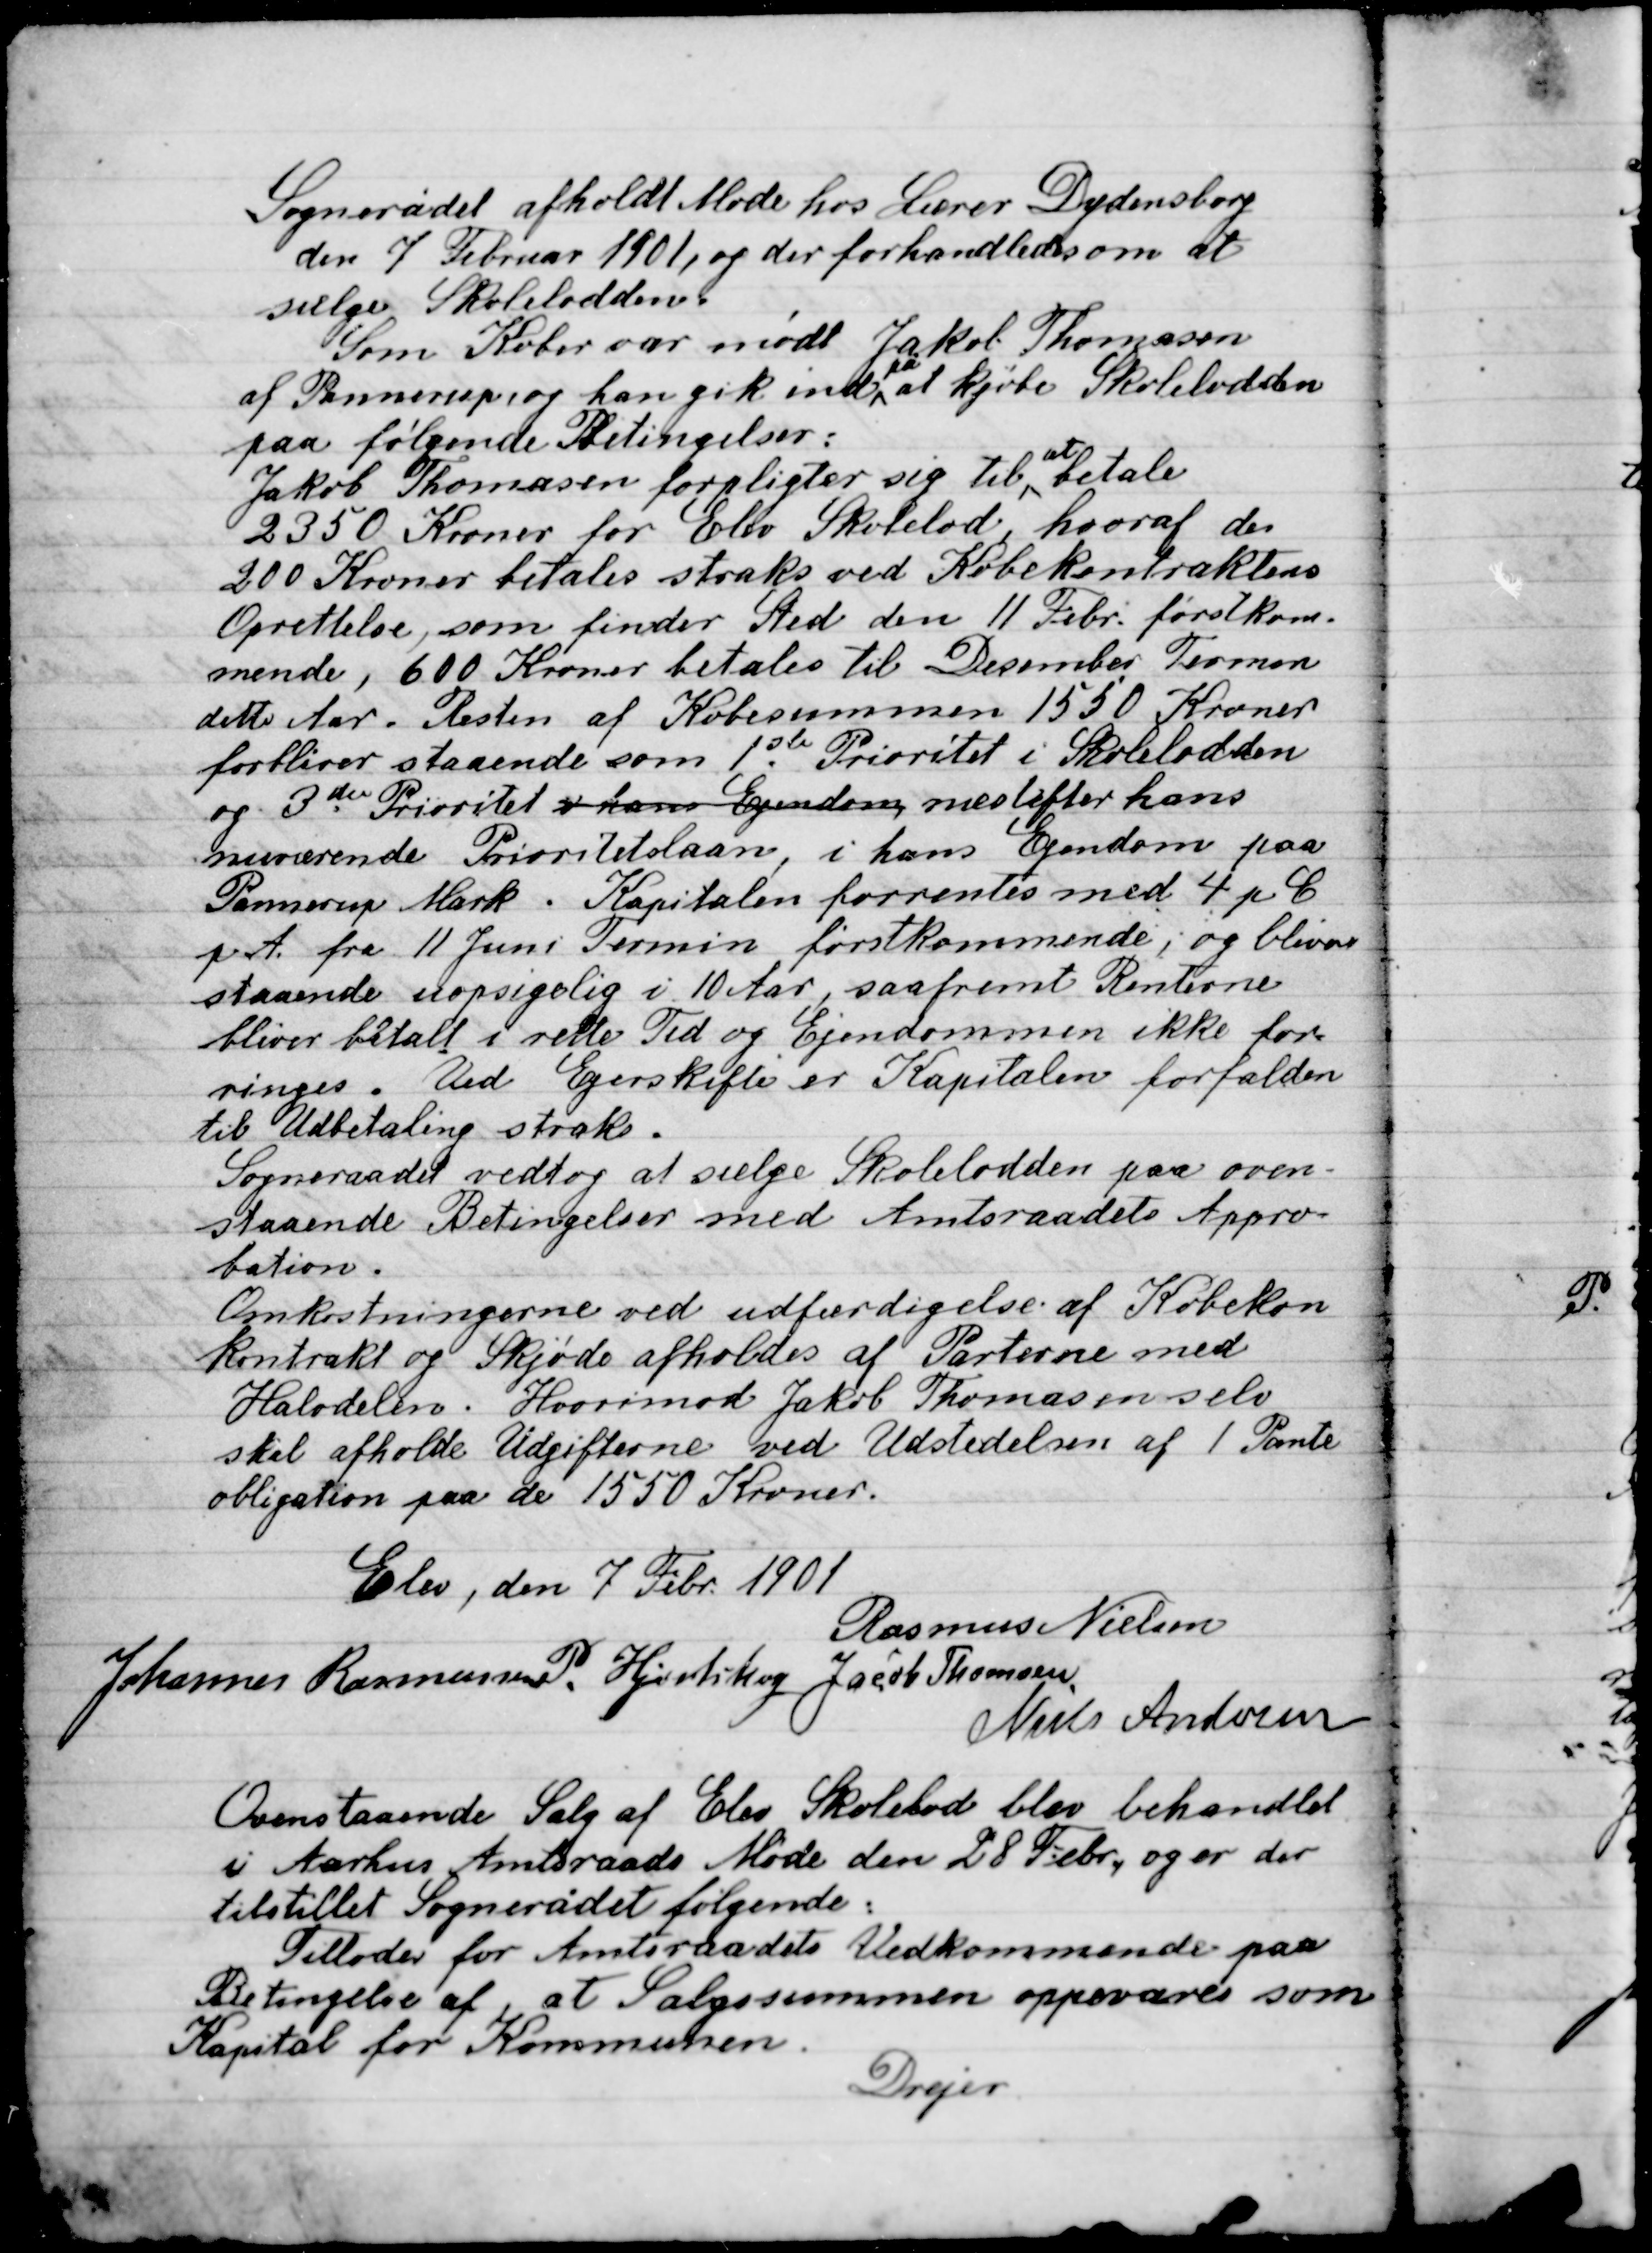
Transskription:
Sogneraadet afholdt Møde hos Lærer Dydensborg
den 7 februar 1901, og der forhandledes om at
sælge Skolelodden.
Som Køber var mødt Jakob Thomsen
af Pannerup og han gik ind på at kjøbe Skolelodden
paa følgende Betingelser:
Jakob Thomsen forpligter sig til at betale
2350 Kroner for Elev Skolelod, hvoraf de
200 Kroner betales straks ved Købekontraktens
Oprettelse, som finder Sted den 11 Febr. førstkom-
mende, 600 Kroner betales til December Terminen
dette Aar. Resten af Købesummen 1550 Kroner
forbliver staaende som 1ste Prioritet i Skolelodden
og 3die Prioritet v. hans Ejendom medløfter hans
nuværende Prioritetslaan, i hans Ejendom paa
Pannerup Mark. Kapitalen forrentes med 4 pr.C
p. A. fra 11 Juni Termin førstkommende, og bliver
staaende uopsigelig i 10 Aar, saafremt Renterne
bliver betalt i rette Tid og Ejendommen ikke for-
ringes. Ved Ejerskifte er Kapitalen forfalden
til Udbetaling straks.
Sogneraadet vedtog at sælge Skolelodden paa oven-
staaende Betingelser med Amtsraadet Approba-
tion.
Omkostningerne ved udfærdigelse af Købe-
kontrakt og Skjøde afholdes af Parterne med
Halvdelen. Hvorimod Jakob Thomasen selv
skal afholde Udgifterne ved Udstedelsen af 1 Pante
obligation paa de 1550 Kroner.

Elev, den 7 Febr. 1901

Rasmus Nielsen
Johannes Rasmussen
P. Hjortshøj
Jacob Thomsen
Niels Andersen

Ovenstaaende Salg af Elev Skolelod blev behandlet
i Aarhus Amtsraads Møde den 28 Febr. og er der
tilstillet Sognerådet følgende:
Tillader for Amtsraadets Vedkommende paa
Betingelse af at Salgssummen oppeværes som
Kapital for Kommunen
Drejer